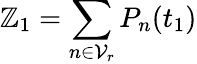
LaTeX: \mathbb{Z}_{1}=\sum_{n\in\mathcal{{V}}_{r}}P_{n}(t_{1})